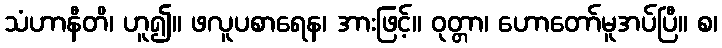
သံဟာနီတိ၊ ဟူ၍။ ဖလူပစာရေန၊ အားဖြင့်။ ဝုတ္တာ၊ ဟောတော်မူအပ်ပြီ။ စ၊